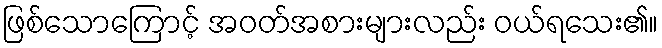
ဖြစ်သောကြောင့် အဝတ်အစားများလည်း ဝယ်ရသေး၏။